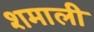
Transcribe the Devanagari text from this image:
शमाली